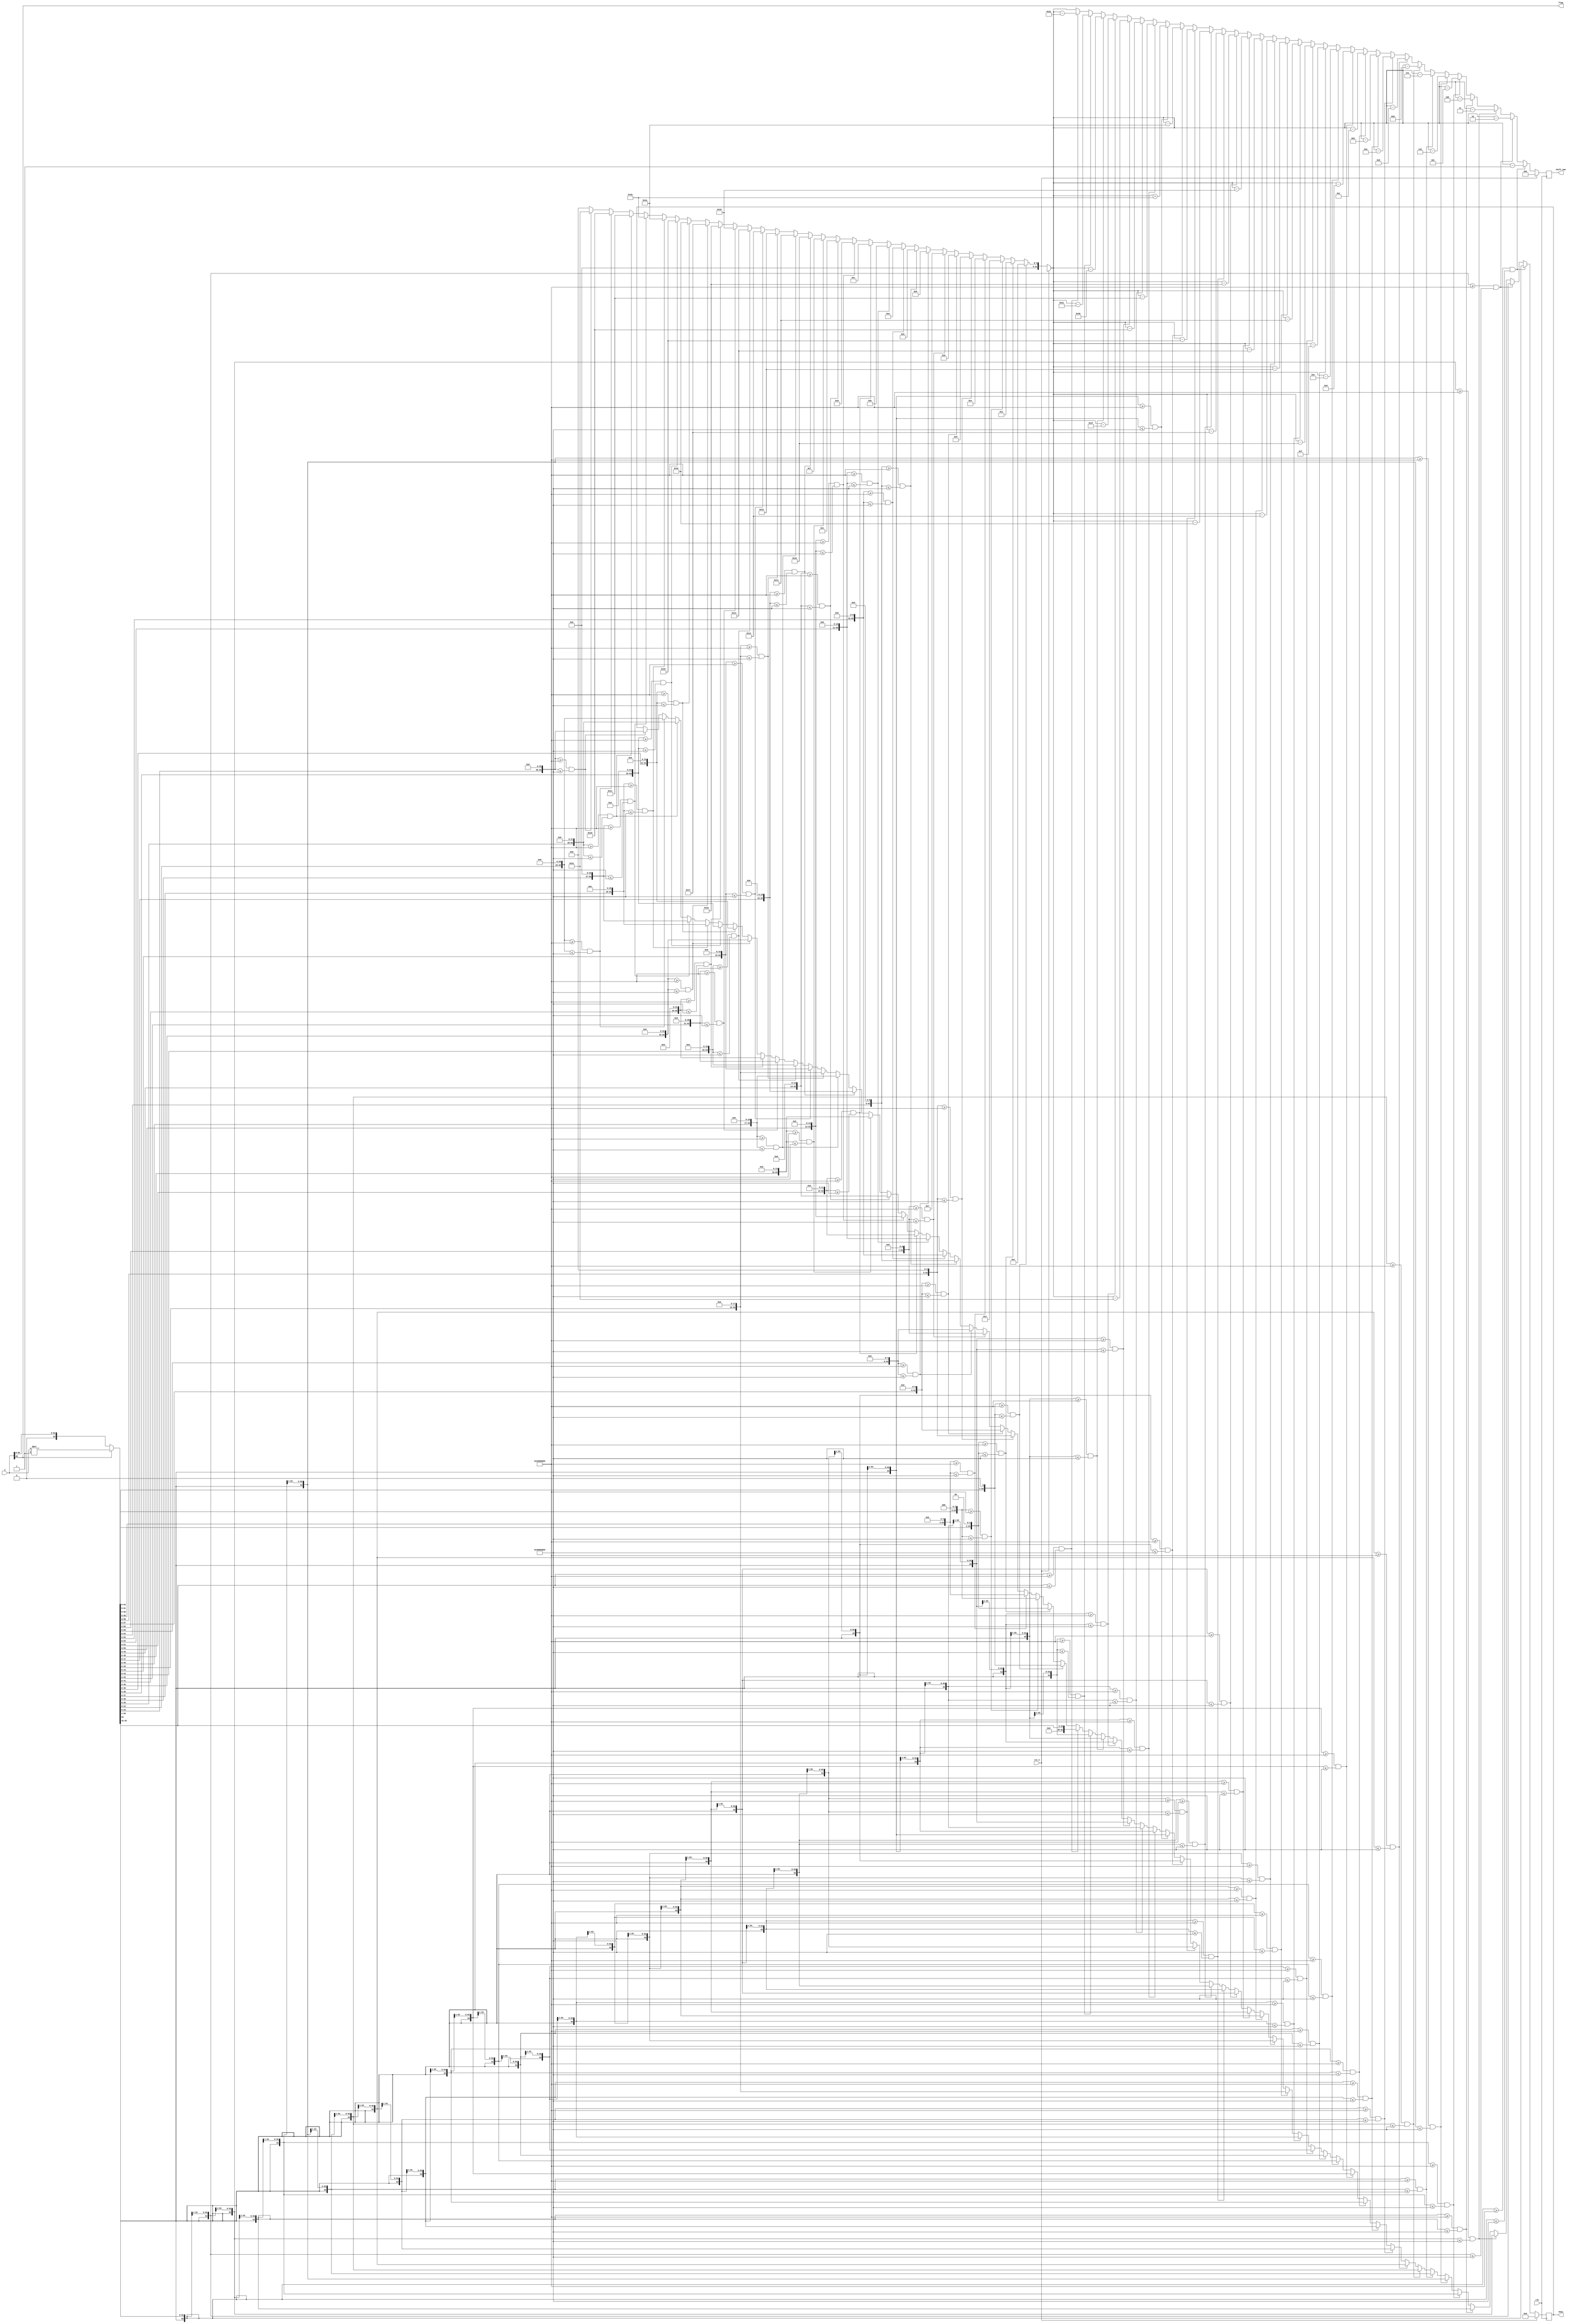
`timescale 1ns / 1ps
//////////////////////////////////////////////////////////////////////////////////
// Company: 
// Engineer: 
// 
// Design Name: 
// Module Name: Shift
// Project Name: 
// Target Devices: 
// Tool Versions: 
// Description: 
// 
// Dependencies: 
// 
// Revision:
// Revision 0.01 - File Created
// Additional Comments:
// 
//////////////////////////////////////////////////////////////////////////////////


module Shift(
input signed [63:0] y,
input  clk,
input rst_n,
output reg signed [31:0] shift_num,
output reg signed [63:0] newy,
output flag
    );
    
 reg signed[63:0] y0;	
wire signed[63:0]	y_1,y_2,y_3,y_4,y_5,y_6,y_7,y_8,y_9,y_10,y_11,y_12,y_13,y_14,y_15,
                    y_16,y_17,y_18,y_19,y_20,y_21,y_22,y_23,y_24,y_25,y_26,y_27,y_28,y_29,
                    y_30;
wire signed[63:0]	y1,y2,y3,y4,y5,y6,y7,y8,y9,y10,y11,y12,y13,y14,y15,
                    y16,y17,y18,y19,y20,y21,y22,y23,y24,y25,y26,y27,y28,y29,
                    y30,y31,y32,y33,y34;                   

assign flag = y[63];
always@(y)
begin
if(y[63]==1)
y0 = y*(-1);
else
y0 = y;
end

assign y_1 =  y0<<<1;
assign y_2 =  y0<<<2;
assign y_3 =  y0<<<3;
assign y_4 =  y0<<<4;
assign y_5 =  y0<<<5;
assign y_6 =  y0<<<6;
assign y_7 =  y0<<<7;
assign y_8 =  y0<<<8;
assign y_9 =  y0<<<9;
assign y_10 =  y0<<<10;
assign y_11 =  y0<<<11;
assign y_12 =  y0<<<12;
assign y_13 =  y0<<<13;
assign y_14 =  y0<<<14;
assign y_15 =  y0<<<15;
assign y_16 =  y0<<<16;
assign y_17 =  y0<<<17;
assign y_18 =  y0<<<18;
assign y_19 =  y0<<<19;
assign y_20 =  y0<<<20;
assign y_21 =  y0<<<21;
assign y_22 =  y0<<<22;
assign y_23 =  y0<<<23;
assign y_24 =  y0<<<24;
assign y_25 =  y0<<<25;
assign y_26 =  y0<<<26;
assign y_27 =  y0<<<27;
assign y_28 =  y0<<<28;
assign y_29 =  y0<<<29;
assign y_30 =  y0<<<30;

assign y1 =  y0>>>1;
assign y2 =  y0>>>2;
assign y3 =  y0>>>3;
assign y4 =  y0>>>4;
assign y5 =  y0>>>5;
assign y6 =  y0>>>6;
assign y7 =  y0>>>7;
assign y8 =  y0>>>8;
assign y9 =  y0>>>9;
assign y10 =  y0>>>10;
assign y11 =  y0>>>11;
assign y12 =  y0>>>12;
assign y13 =  y0>>>13;
assign y14 =  y0>>>14;
assign y15 =  y0>>>15;
assign y16 =  y0>>>16;
assign y17 =  y0>>>17;
assign y18 =  y0>>>18;
assign y19 =  y0>>>19;
assign y20 =  y0>>>20;
assign y21 =  y0>>>21;
assign y22 =  y0>>>22;
assign y23 =  y0>>>23;
assign y24 =  y0>>>24;
assign y25 =  y0>>>25;
assign y26 =  y0>>>26;
assign y27 =  y0>>>27;
assign y28 =  y0>>>28;
assign y29 =  y0>>>29;
assign y30 =  y0>>>30;
assign y31 =  y0>>>31;
assign y32 =  y0>>>32;
assign y33 =  y0>>>33;
assign y34 =  y0>>34;  



always@(posedge clk)
if(rst_n)
begin
shift_num <= 32'b0;
newy <= 32'b0;
end
else
begin
shift_num = 32'b0;
if(y_1>=64'h0000000020000000&&y_1<=64'h0000000040000000)
begin
shift_num = shift_num + 1'b1;
newy = y_1;
end
else if(y_2>=64'h0000000020000000&&y_2<=64'h0000000040000000)
begin
shift_num = shift_num + 32'd2;
newy = y_2;
end
else if(y_3>=64'h0000000020000000&&y_3<=64'h0000000040000000)
begin
shift_num = shift_num + 32'd3;
newy = y_3;
end
else if(y_4>=64'h0000000020000000&&y_4<=64'h0000000040000000)
begin
shift_num = shift_num + 32'd4;
newy = y_4;
end
else if(y_5>=64'h0000000020000000&&y_5<=64'h0000000040000000)
begin
shift_num = shift_num + 32'd5;
newy = y_5;
end
else if(y_6>=64'h0000000020000000&&y_6<=64'h0000000040000000)
begin
shift_num = shift_num + 32'd6;
newy = y_6;
end
else if(y_7>=64'h0000000020000000&&y_7<=64'h0000000040000000)
begin
shift_num = shift_num + 32'd7;
newy = y_7;
end
else if(y_8>=64'h0000000020000000&&y_8<=64'h0000000040000000)
begin
shift_num = shift_num + 32'd8;
newy = y_8;
end
else if(y_9>=64'h0000000020000000&&y_9<=64'h0000000040000000)
begin
shift_num = shift_num + 32'd9;
newy = y_9;
end
else if(y_10>=64'h0000000020000000&&y_10<=64'h0000000040000000)
begin
shift_num = shift_num + 32'd10;
newy = y_10;
end
else if(y_11>=64'h0000000020000000&&y_11<=64'h0000000040000000)
begin
shift_num = shift_num + 32'd11;
newy = y_11;
end
else if(y_12>=64'h0000000020000000&&y_12<=64'h0000000040000000)
begin
shift_num = shift_num + 32'd12;
newy = y_12;
end
else if(y_13>=64'h0000000020000000&&y_13<=64'h0000000040000000)
begin
shift_num = shift_num + 32'd13;
newy = y_13;
end
else if(y_14>=64'h0000000020000000&&y_14<=64'h0000000040000000)
begin
shift_num = shift_num + 32'd14;
newy = y_14;
end
else if(y_15>=64'h0000000020000000&&y_15<=64'h0000000040000000)
begin
shift_num = shift_num + 32'd15;
newy = y_15;
end
else if(y_16>=64'h0000000020000000&&y_16<=64'h0000000040000000)
begin
shift_num = shift_num + 32'd16;
newy = y_16;
end
else if(y_17>=64'h0000000020000000&&y_17<=64'h0000000040000000)
begin
shift_num = shift_num + 32'd17;
newy = y_17;
end
else if(y_18>=64'h0000000020000000&&y_18<=64'h0000000040000000)
begin
shift_num = shift_num + 32'd18;
newy = y_18;
end
else if(y_19>=64'h0000000020000000&&y_19<=64'h0000000040000000)
begin
shift_num = shift_num + 32'd19;
newy = y_19;
end
else if(y_20>=64'h0000000020000000&&y_20<=64'h0000000040000000)
begin
shift_num = shift_num + 32'd20;
newy = y_20;
end
else if(y_21>=64'h0000000020000000&&y_21<=64'h0000000040000000)
begin
shift_num = shift_num + 32'd21;
newy = y_21;
end
else if(y_22>=64'h0000000020000000&&y_22<=64'h0000000040000000)
begin
shift_num = shift_num + 32'd22;
newy = y_22;
end
else if(y_23>=64'h0000000020000000&&y_23<=64'h0000000040000000)
begin
shift_num = shift_num + 32'd23;
newy = y_23;
end
else if(y_24>=64'h0000000020000000&&y_24<=64'h0000000040000000)
begin
shift_num = shift_num + 32'd24;
newy = y_24;
end
else if(y_25>=64'h0000000020000000&&y_25<=64'h0000000040000000)
begin
shift_num = shift_num + 32'd25;
newy = y_25;
end
else if(y_26>=64'h0000000020000000&&y_26<=64'h0000000040000000)
begin
shift_num = shift_num + 32'd26;
newy = y_26;
end
else if(y_27>=64'h0000000020000000&&y_27<=64'h0000000040000000)
begin
shift_num = shift_num + 32'd27;
newy = y_27;
end
else if(y_28>=64'h0000000020000000&&y_28<=64'h0000000040000000)
begin
shift_num = shift_num + 32'd28;
newy = y_28;
end
else if(y_29>=64'h0000000020000000&&y_29<=64'h0000000040000000)
begin
shift_num = shift_num + 32'd29;
newy = y_29;
end
else if(y_30>=64'h0000000020000000&&y_30<=64'h0000000040000000)
begin
shift_num = shift_num + 32'd30;
newy = y_30;
end
if(y1>=64'h0000000020000000&&y1<=64'h0000000040000000)
begin
shift_num = shift_num - 1'b1;
newy = y1;
end
else if(y2>=64'h0000000020000000&&y2<=64'h0000000040000000)
begin
shift_num = shift_num - 32'd2;
newy = y2;
end
else if(y3>=64'h0000000020000000&&y3<=64'h0000000040000000)
begin
shift_num = shift_num - 32'd3;
newy = y3;
end
else if(y4>=64'h0000000020000000&&y4<=64'h0000000040000000)
begin
shift_num = shift_num - 32'd4;
newy = y4;
end
else if(y5>=64'h0000000020000000&&y5<=64'h0000000040000000)
begin
shift_num = shift_num - 32'd5;
newy = y5;
end
else if(y6>=64'h0000000020000000&&y6<=64'h0000000040000000)
begin
shift_num = shift_num - 32'd6;
newy = y6;
end
else if(y7>=64'h0000000020000000&&y7<=64'h0000000040000000)
begin
shift_num = shift_num - 32'd7;
newy = y7;
end
else if(y8>=64'h0000000020000000&&y8<=64'h0000000040000000)
begin
shift_num = shift_num - 32'd8;
newy = y8;
end
else if(y9>=64'h0000000020000000&&y9<=64'h0000000040000000)
begin
shift_num = shift_num - 32'd9;
newy = y9;
end
else if(y10>=64'h0000000020000000&&y10<=64'h0000000040000000)
begin
shift_num = shift_num - 32'd10;
newy = y10;
end
else if(y11>=64'h0000000020000000&&y11<=64'h0000000040000000)
begin
shift_num = shift_num - 32'd11;
newy = y11;
end
else if(y12>=64'h0000000020000000&&y12<=64'h0000000040000000)
begin
shift_num = shift_num - 32'd12;
newy = y12;
end
else if(y13>=64'h0000000020000000&&y13<=64'h0000000040000000)
begin
shift_num = shift_num - 32'd13;
newy = y13;
end
else if(y14>=64'h0000000020000000&&y14<=64'h0000000040000000)
begin
shift_num = shift_num - 32'd14;
newy = y14;
end
else if(y15>=64'h0000000020000000&&y15<=64'h0000000040000000)
begin
shift_num = shift_num - 32'd15;
newy = y15;
end
else if(y16>=64'h0000000020000000&&y16<=64'h0000000040000000)
begin
shift_num = shift_num -32'd16;
newy = y16;
end
else if(y17>=64'h0000000020000000 &&y17<=64'h0000000040000000)
begin
shift_num = shift_num - 32'd17;
newy = y17;
end
else if(y18>=64'h0000000020000000&&y18<=64'h0000000040000000)
begin
shift_num = shift_num - 32'd18;
newy = y_18;
end
else if(y19>=64'h0000000020000000&&y19<=64'h0000000040000000)
begin
shift_num = shift_num - 32'd19;
newy = y19;
end
else if(y20>=64'h0000000020000000&&y20<=64'h0000000040000000)
begin
shift_num = shift_num -32'd20;
newy = y20;
end
else if(y21>=64'h0000000020000000&&y21<=64'h0000000040000000)
begin
shift_num = shift_num - 32'd21;
newy = y21;
end
else if(y22>=64'h0000000020000000&&y22<=64'h0000000040000000)
begin
shift_num = shift_num - 32'd22;
newy = y22;
end
else if(y23>=64'h0000000020000000&&y23<=64'h0000000040000000)
begin
shift_num = shift_num - 32'd23;
newy = y23;
end
else if(y24>=64'h0000000020000000&&y24<=64'h0000000040000000)
begin
shift_num = shift_num - 32'd24;
newy = y24;
end
else if(y25>=64'h0000000020000000&&y25<=64'h0000000040000000)
begin
shift_num = shift_num - 32'd25;
newy = y25;
end
else if(y26>=64'h0000000020000000&&y26<=64'h0000000040000000)
begin
shift_num = shift_num -32'd26;
newy = y26;
end
else if(y27>=64'h0000000020000000&&y27<=64'h0000000040000000)
begin
shift_num = shift_num + 32'd27;
newy = y27;
end
else if(y28>=64'h0000000020000000&&y28<=64'h0000000040000000)
begin
shift_num = shift_num - 32'd28;
newy = y28;
end
else if(y29>=64'h0000000020000000&&y29<=64'h0000000040000000)
begin
shift_num = shift_num - 32'd29;
newy = y29;
end
else if(y30>=64'h0000000020000000&&y30<=64'h0000000040000000)
begin
shift_num = shift_num - 32'd30;
newy = y30;
end
else if(y31>=64'h0000000020000000&&y31<=64'h0000000040000000)
begin
shift_num = shift_num - 32'd31;
newy = y31;
end
else if(y32>=64'h0000000020000000&&y32<=64'h0000000040000000)
begin
shift_num = shift_num - 32'd32;
newy = y32;
end
else if(y33>=64'h0000000020000000&&y33<=64'h0000000040000000)
begin
shift_num = shift_num - 32'd33;
newy = y33;
end
else if(y34>=64'h0000000020000000&&y34<=64'h0000000040000000)
begin
shift_num = shift_num - 32'd34;
newy = y34;
end
end
  
endmodule